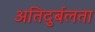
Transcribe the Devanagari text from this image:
अतिदुर्बलता